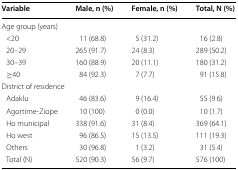
<table><thead><tr><td><b>Variable</b></td><td><b>Male, n (%)</b></td><td><b>Female, n (%)</b></td><td><b>Total, N (%)</b></td></tr></thead><tbody><tr><td colspan="4">Age group (years)</td></tr><tr><td> &lt;20</td><td>11 (68.8)</td><td>5 (31.2)</td><td>16 (2.8)</td></tr><tr><td> 20–29</td><td>265 (91.7)</td><td>24 (8.3)</td><td>289 (50.2)</td></tr><tr><td> 30–39</td><td>160 (88.9)</td><td>20 (11.1)</td><td>180 (31.2)</td></tr><tr><td> ≥40</td><td>84 (92.3)</td><td>7 (7.7)</td><td>91 (15.8)</td></tr><tr><td colspan="4">District of residence</td></tr><tr><td> Adaklu</td><td>46 (83.6)</td><td>9 (16.4)</td><td>55 (9.6)</td></tr><tr><td> Agortime-Ziope</td><td>10 (100)</td><td>0 (0.0)</td><td>10 (1.7)</td></tr><tr><td> Ho municipal</td><td>338 (91.6)</td><td>31 (8.4)</td><td>369 (64.1)</td></tr><tr><td> Ho west</td><td>96 (86.5)</td><td>15 (13.5)</td><td>111 (19.3)</td></tr><tr><td> Others</td><td>30 (96.8)</td><td>1 (3.2)</td><td>31 (5.4)</td></tr><tr><td> Total (N)</td><td>520 (90.3)</td><td>56 (9.7)</td><td>576 (100)</td></tr></tbody></table>